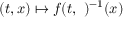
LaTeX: ( t , x ) \mapsto f ( t , \ ) ^ { - 1 } ( x )